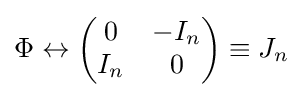
\Phi \leftrightarrow \left({\begin{matrix}0&-I_{n}\\I_{n}&0\end{matrix}}\right)\equiv J_{n}